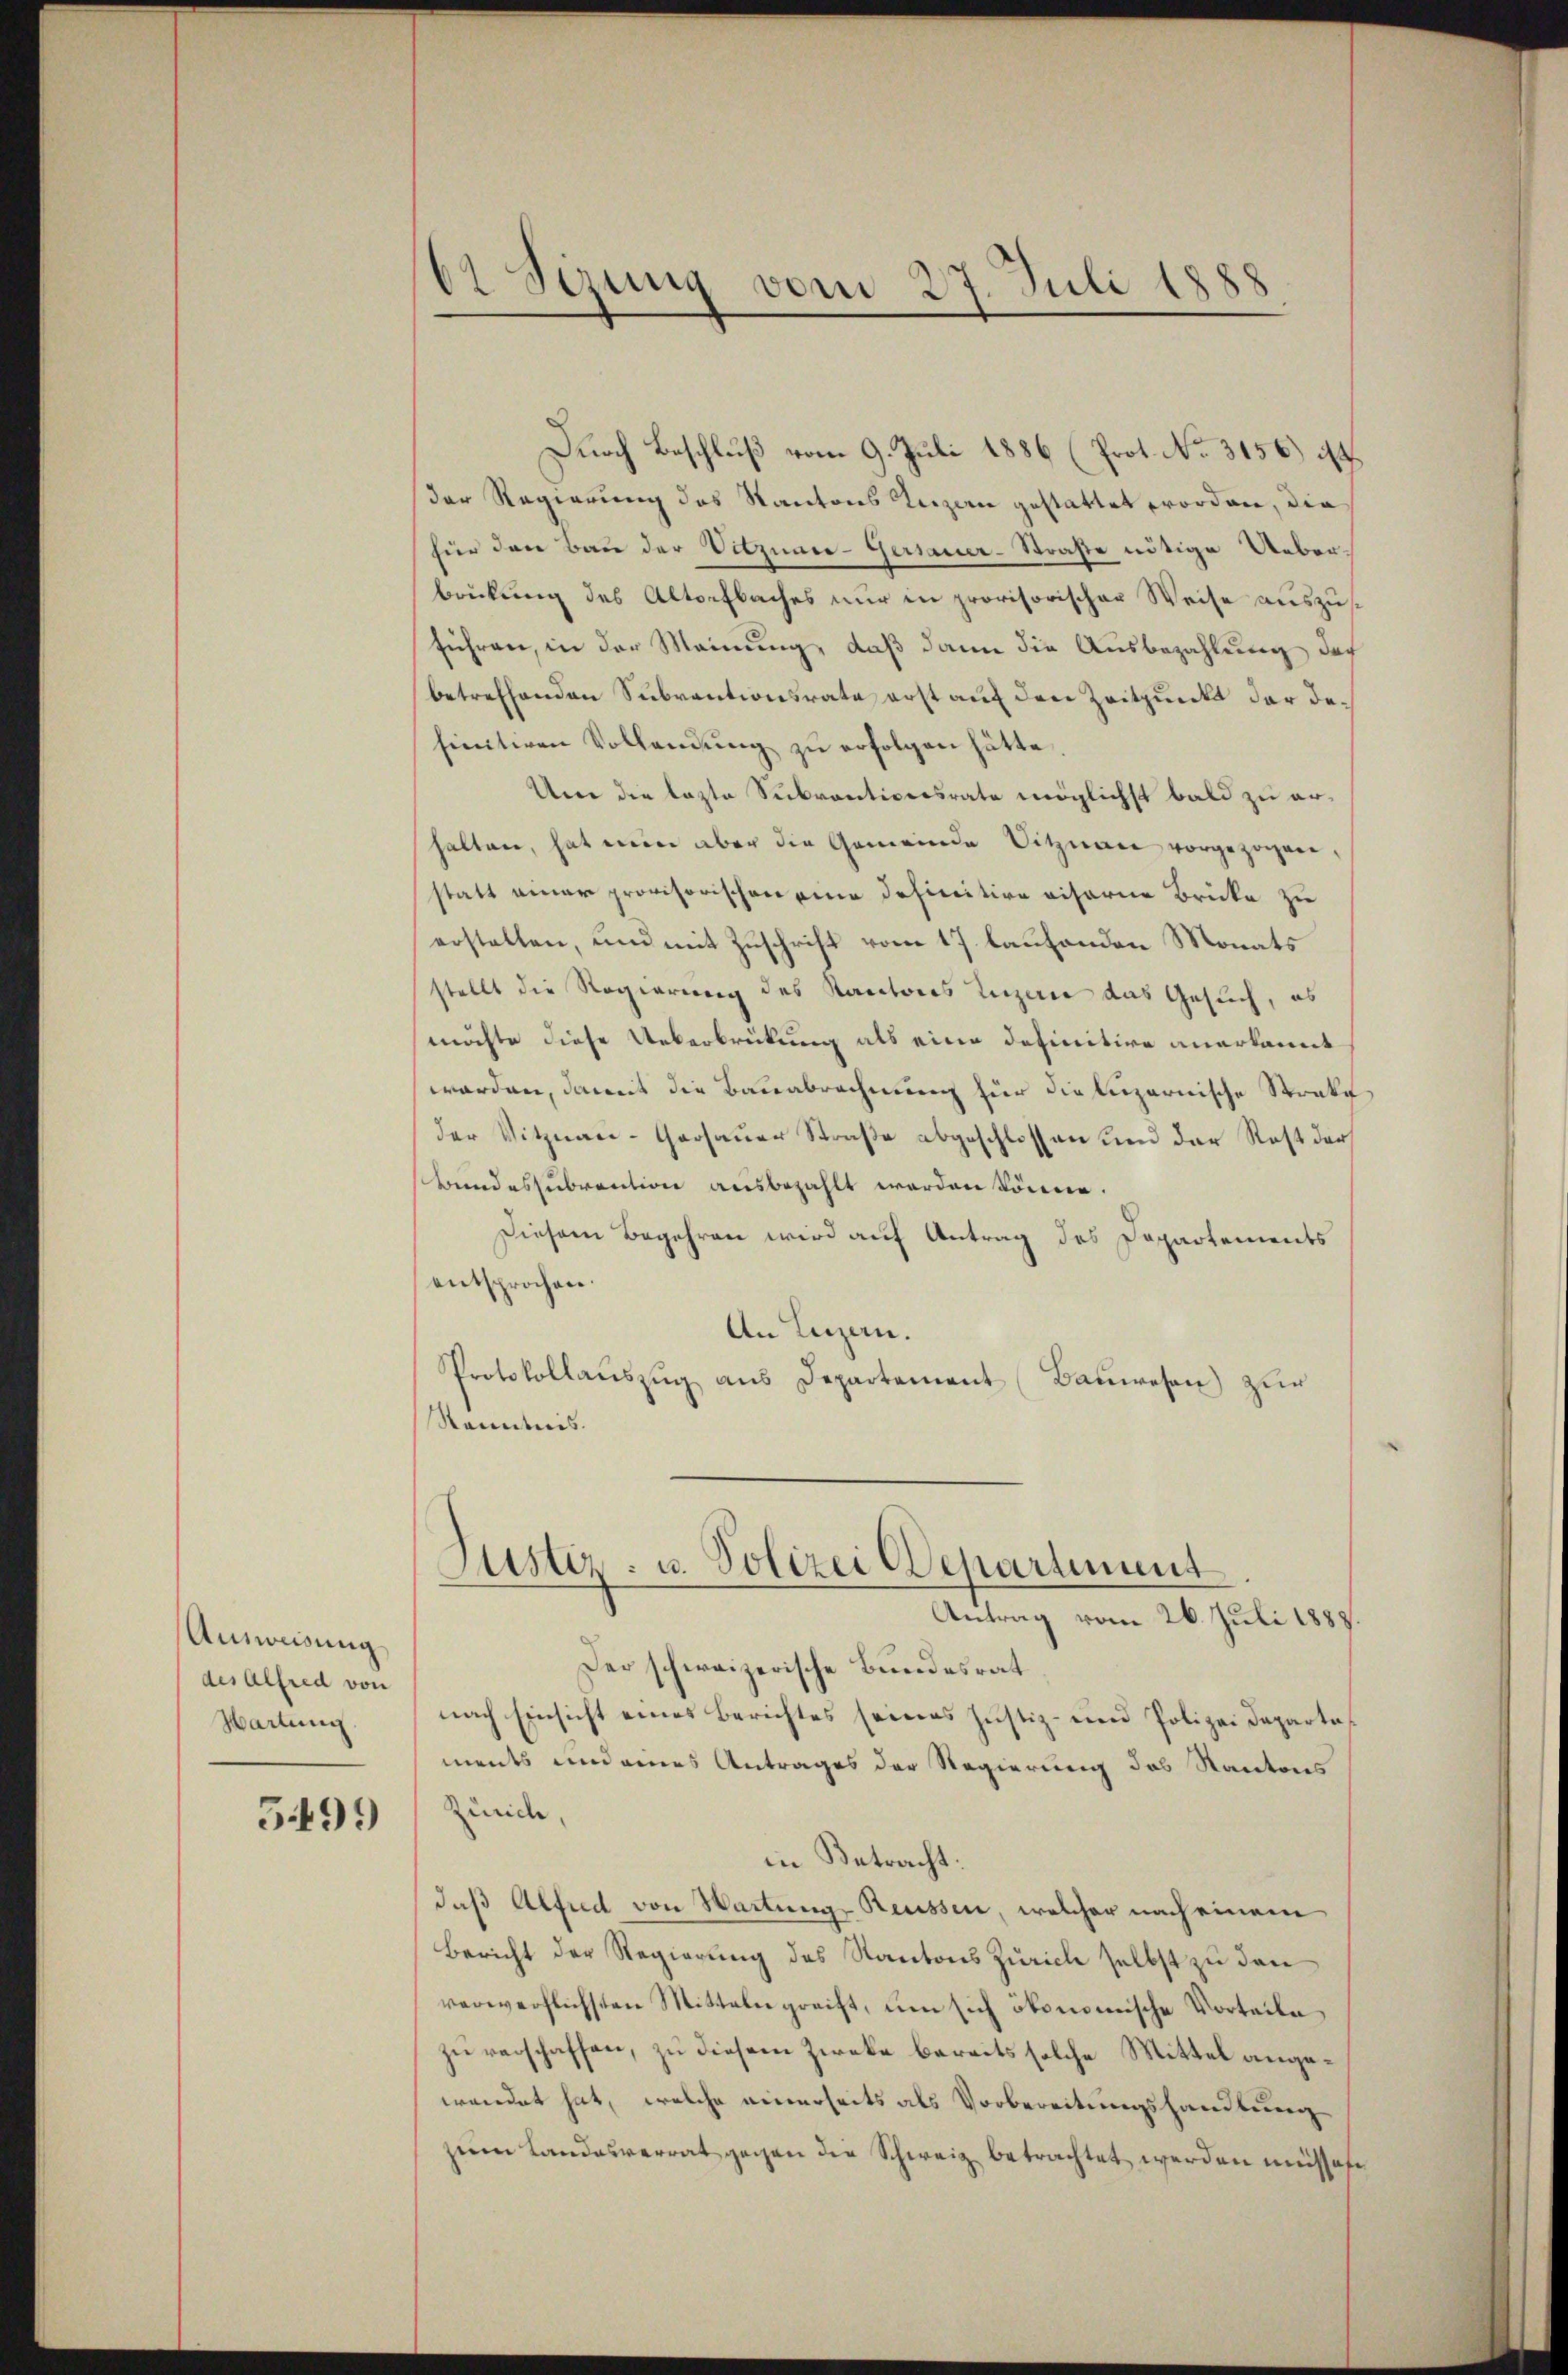
Ausweisung
des Alfred von
Hartung

5499

62 Sezung vom 27. Juli 1888

Durch Beschluß vom 9. Juli 1886 (Prot. No. 3156) ist.
der Regierung des Kantons Luzern gestattet worden, die
für den Bau der Vitznace-Gersauer-Straße nötige Ueberbrückung des Altorfbaches nur in provisorischer Weise auszusführen, in der Meinung, daß dann die Ausbezahlung doch
betreffenden Subventionsrate erst auf den Zeitpunkt der definitiven Vollendung zu erfolgen hätte
Um die lezte Subventiversrate möglichst bald zu erhalten, hat nun aber die Gemeinde Sitzman vorgezogene
statt einer provisorischen eine definitive visorie Brücke zu
erstellen, und mit Zuschrift vom 17. laufenden Monats
stellt die Regierung des Kantons Luzerne das Gesuch, es
möchte diese Ueberbrückung als eine definitive anerkannt
worden, damit die Bauabrechnung hier die luzernische Strate
der Vitznau-Gaosauer Straße abgeschlossen und der Rest der
Bundessubvention ausbezahlt werden könne.
Diesem Begehren wird auf Antrag des Departements
entsprochen.
An Luzern.
Protokollauszug aus Departement Bauwesen) zur
Kenntnis.

Justiz- u. Polizei Departement
Antrag vom 26. Juli 1888.

Der schweizerische Bundesrat
nach Einsicht eines Berichtes seines Justiz- und Polizei Departa
ments und eines Antrages der Regierung des Kantons
Zürich,
in Betracht:
daß Alfred von Wartung, Reussen, welcher nach einem
Bericht der Regierung des Kantons Zürich selbst zu den
verwerflichsten Mitteln greift, um sich ökonomische Vorteile,
zu verschaffen, zu diesem Zwecke bereits solche Mittel angewendet hat, welche einerseits als Vorbereitungshandlung
zum Landesverrat gegen die Schweiz betrachtet werden müssene